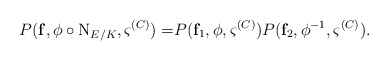
\begin{align*} P({\mathbf f}, \phi\circ {\rm N}_{E/K}, \varsigma^{(C)}) = & P({\mathbf f}_1, \phi, \varsigma^{(C)}) P({\mathbf f}_2, \phi^{-1}, \varsigma^{(C)}).\end{align*}